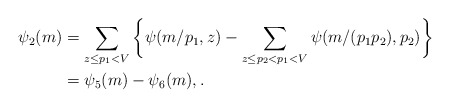
\begin{align*} \psi_2(m) &= \sum_{z \le p_1 < V} \bigg\{ \psi(m/p_1, z) - \sum_{z \le p_2 < p_1 < V} \psi(m/(p_1p_2), p_2) \bigg\} \\ &= \psi_5(m) - \psi_6(m), . \end{align*}